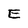
Character: E